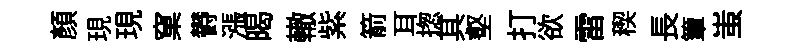
顏現現窠欎漲暍轍紫箭耳揔其壑打欲雷稧長簟蚩